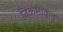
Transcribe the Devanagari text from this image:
विक्रमार्कुदु